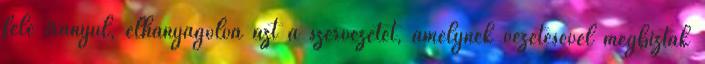
felé irányul, elhanyagolva azt a szervezetet, amelynek vezetésével megbízták